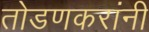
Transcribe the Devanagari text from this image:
तोडणकरांनी